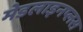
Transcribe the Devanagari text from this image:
मेडलाइनप्लस